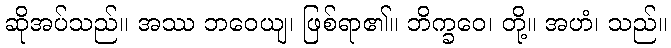
ဆိုအပ်သည်။ အဿ ဘဝေယျ၊ ဖြစ်ရာ၏။ ဘိက္ခဝေ၊ တို့။ အဟံ၊ သည်။